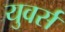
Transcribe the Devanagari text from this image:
युवर्स